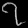
Digit: ၇